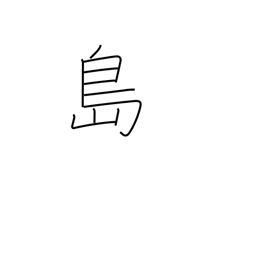
Meaning: island